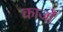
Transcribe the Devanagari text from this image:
कार्जों